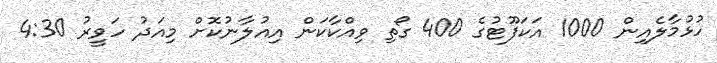
ހުޅުމާލެއިން 1000 އަކަފޫޓުގެ 400 ގޯތި ވިއްކާކަން އިއުލާނުކޮށް މިއަދު ހަވީރު 4:30